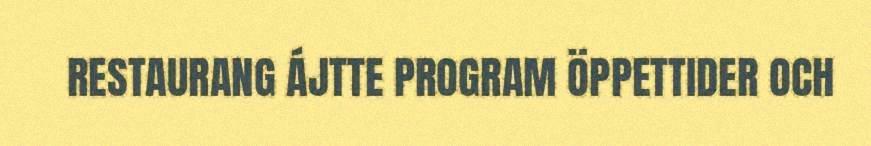
RESTAURANG ÁJTTE PROGRAM ÖPPETTIDER OCH